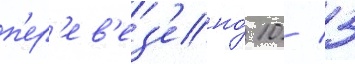
п'ер'ев'ез'ено́ 10 / 3